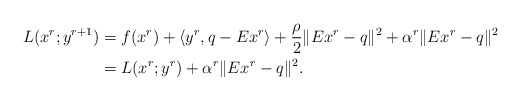
\begin{align*}L(x^{r};y^{r+1})&=f(x^{r})+\langle y^{r}, q-Ex^{r}\rangle +\frac{\rho}{2}\|Ex^{r}-q\|^2+\alpha^r\|Ex^r-q\|^2\\&=L(x^r;y^{r})+\alpha^r\|Ex^r-q\|^2.\end{align*}